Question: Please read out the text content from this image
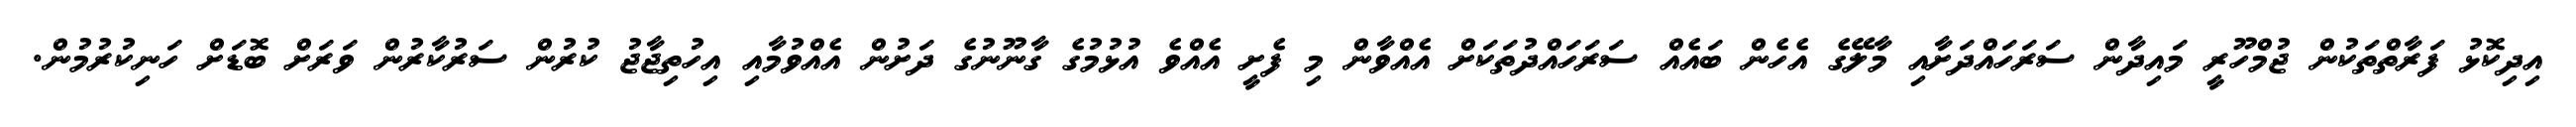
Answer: އިދިކޮޅު ފަރާތްތަކުން ޖުމްހޫރީ މައިދާން ސަރަހައްދަށާއި މާލޭގެ އެހެން ބައެއް ސަރަހައްދުތަކަށް އެއްވާން މި ފެށީ އެއްވެ އުޅުމުގެ ގާނޫނުގެ ދަށުން އެއްވުމާއި އިހުތިޖާޖު ކުރުން ސަރުކާރުން ވަރަށް ބޮޑަށް ހަނިކުރުމުން.